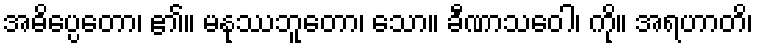
အဓိပ္ပေတော၊ ၏။ မနုဿဘူတော၊ သော။ ခီဏာသဝေါ၊ ကို။ အရဟာတိ၊